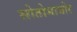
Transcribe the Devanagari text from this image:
सोतोमायोर